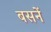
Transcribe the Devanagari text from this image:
बसनें